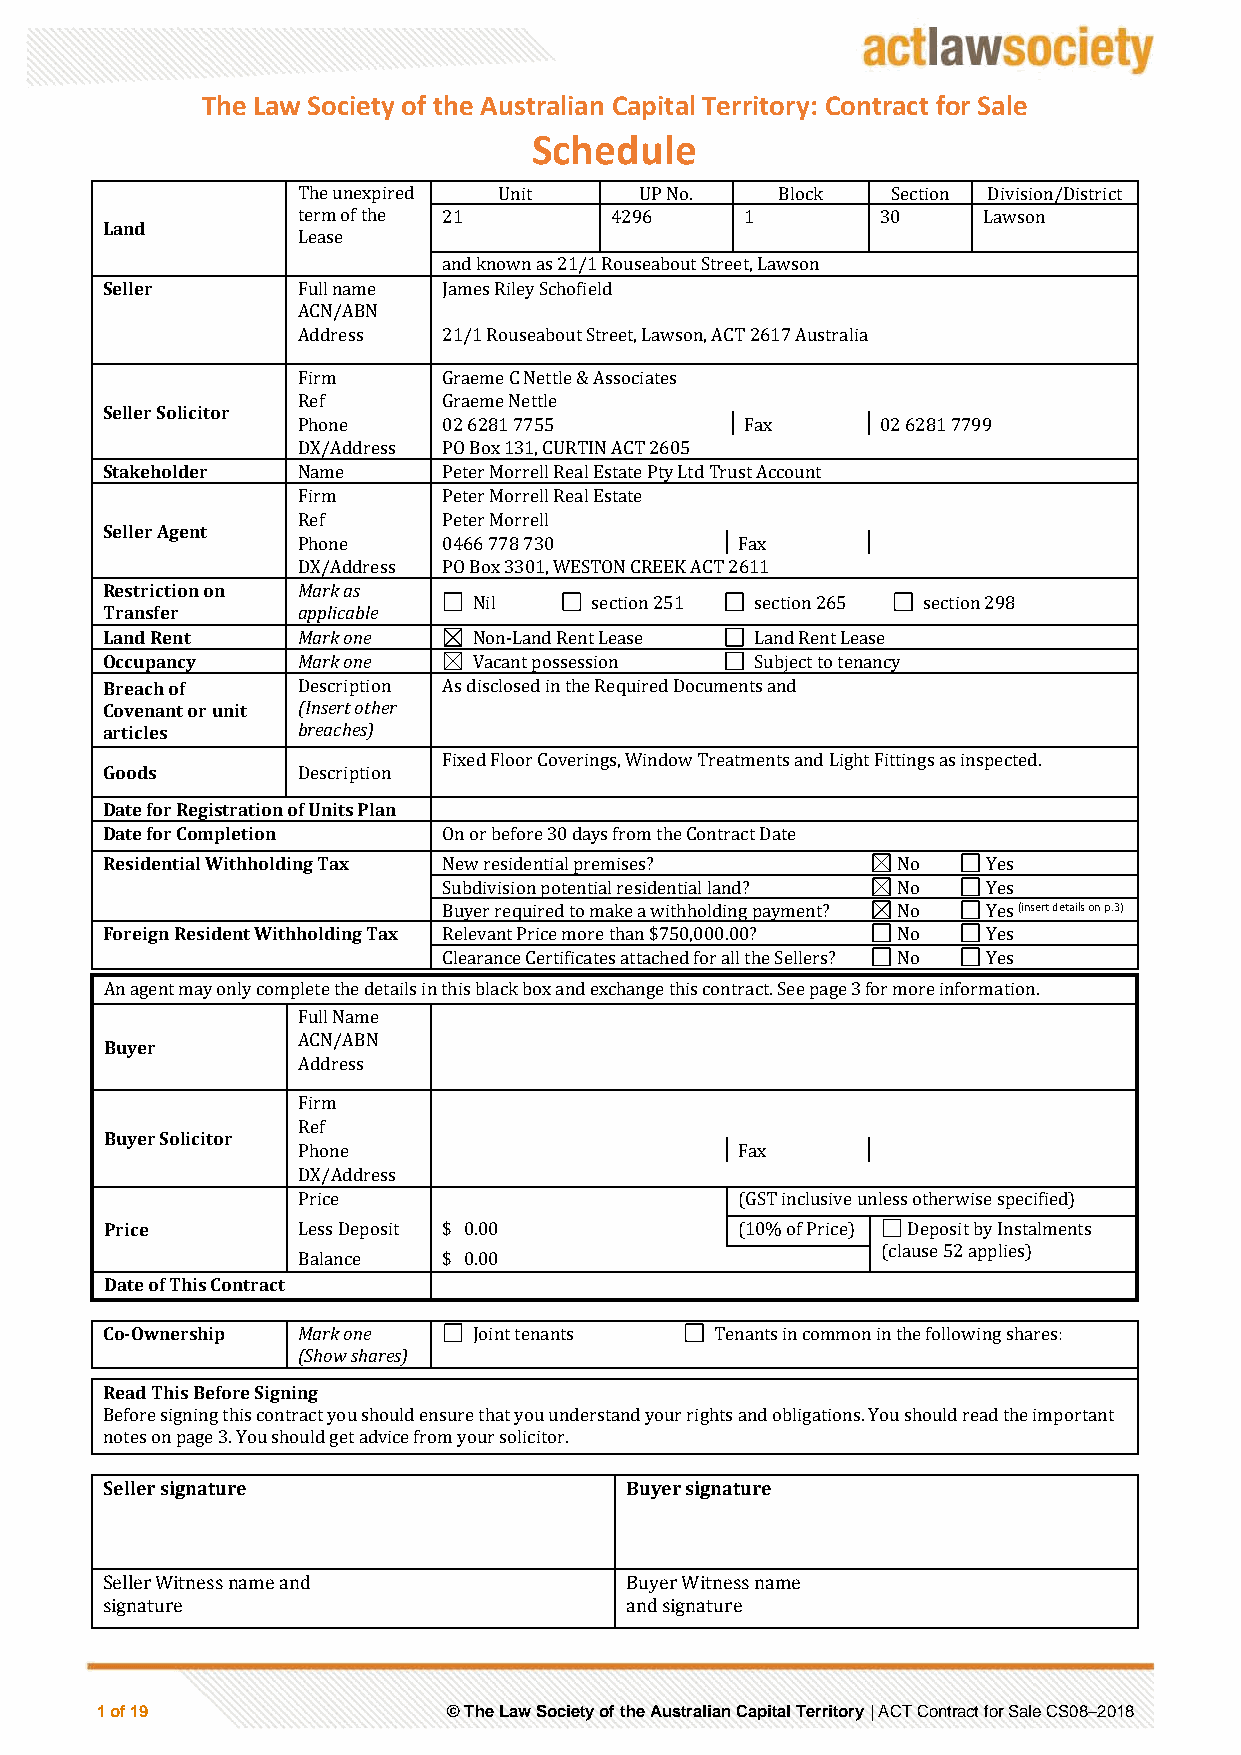
The Law Society of the Australian Capital Territory: Contract for Sale
 Schedule
 The unexpired Unit    UP No.    Block  Section Division/District
 term of the 21      4296     1        30     Lawson
 Land
 Lease
 and known as 21/1 Rouseabout Street, Lawson
 Seller       Full name James Riley Schofield
 ACN/ABN
 Address  21/1 Rouseabout Street, Lawson, ACT 2617 Australia
 Firm     Graeme C Nettle & Associates
 Ref      Graeme Nettle
 Seller Solicitor
 Phone    02 6281 7755        Fax      02 6281 7799
 DX/Address PO Box 131, CURTIN ACT 2605
 Stakeholder  Name     Peter Morrell Real Estate Pty Ltd Trust Account
 Firm     Peter Morrell Real Estate
 Ref      Peter Morrell
 Seller Agent
 Phone    0466 778 730        Fax
 DX/Address PO Box 3301, WESTON CREEK ACT 2611
 Restriction on Mark as
 Nil     section 251 section 265 section 298
 Transfer     applicable
 Land Rent    Mark one   Non-Land Rent Lease Land Rent Lease
 Occupancy    Mark one   Vacant possession  Subject to tenancy
 Breach of    Description As disclosed in the Required Documents and
 Covenant or unit (Insert other
 articles     breaches)
 Fixed Floor Coverings, Window Treatments and Light Fittings as inspected.
 Goods        Description
 Date for Registration of Units Plan
 Date for Completion   On or before 30 days from the Contract Date
 Residential Withholding Tax New residential premises? No  Yes
 Subdivision potential residential land? No Yes
 Buyer required to make a withholding payment? No Yes (insert details on p.3)
 Foreign Resident Withholding Tax Relevant Price more than $750,000.00? No Yes
 Clearance Certificates attached for all the Sellers? No Yes
 An agent may only complete the details in this black box and exchange this contract. See page 3 for more information.
 Full Name
 ACN/ABN
 Buyer
 Address
 Firm
 Ref
 Buyer Solicitor
 Phone                        Fax
 DX/Address
 Price                        (GST inclusive unless otherwise specified)
 Price        Less Deposit $ 0.00          (10% of Price) Deposit by Instalments
 (clause 52 applies)
 Balance  $ 0.00
 Date of This Contract
 Co-Ownership Mark one   Joint tenants   Tenants in common in the following shares:
 (Show shares)
 Read This Before Signing
 Before signing this contract you should ensure that you understand your rights and obligations. You should read the important
 notes on page 3. You should get advice from your solicitor.
 Seller signature                  Buyer signature
 Seller Witness name and           Buyer Witness name
 signature                         and signature
 1 of 19                 © The Law Society of the Australian Capital Territory | ACT Contract for Sale CS08–2018